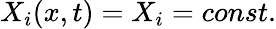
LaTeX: X_{i}(x,t)=X_{i}=const.